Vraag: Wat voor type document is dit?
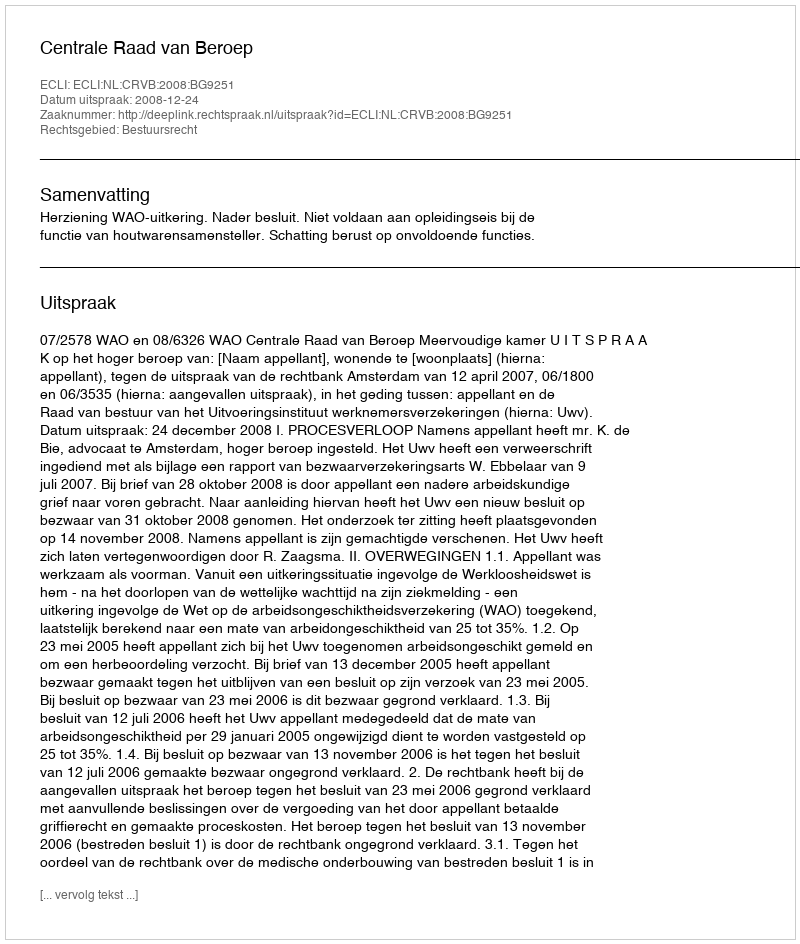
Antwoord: Uitspraak